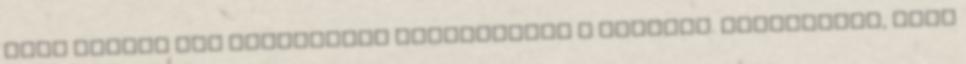
csak néhány nap elteltével tapasztalod a hatását. Lehetséges, hogy